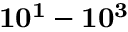
\mathbf { 1 0 ^ { 1 } - 1 0 ^ { 3 } }